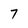
Character: 7